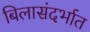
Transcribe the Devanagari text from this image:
बिलासंदर्भात